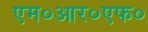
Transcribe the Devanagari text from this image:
एम०आर०एफ०